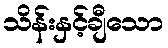
သိန်းနှင့်ချီသော